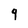
Character: 9